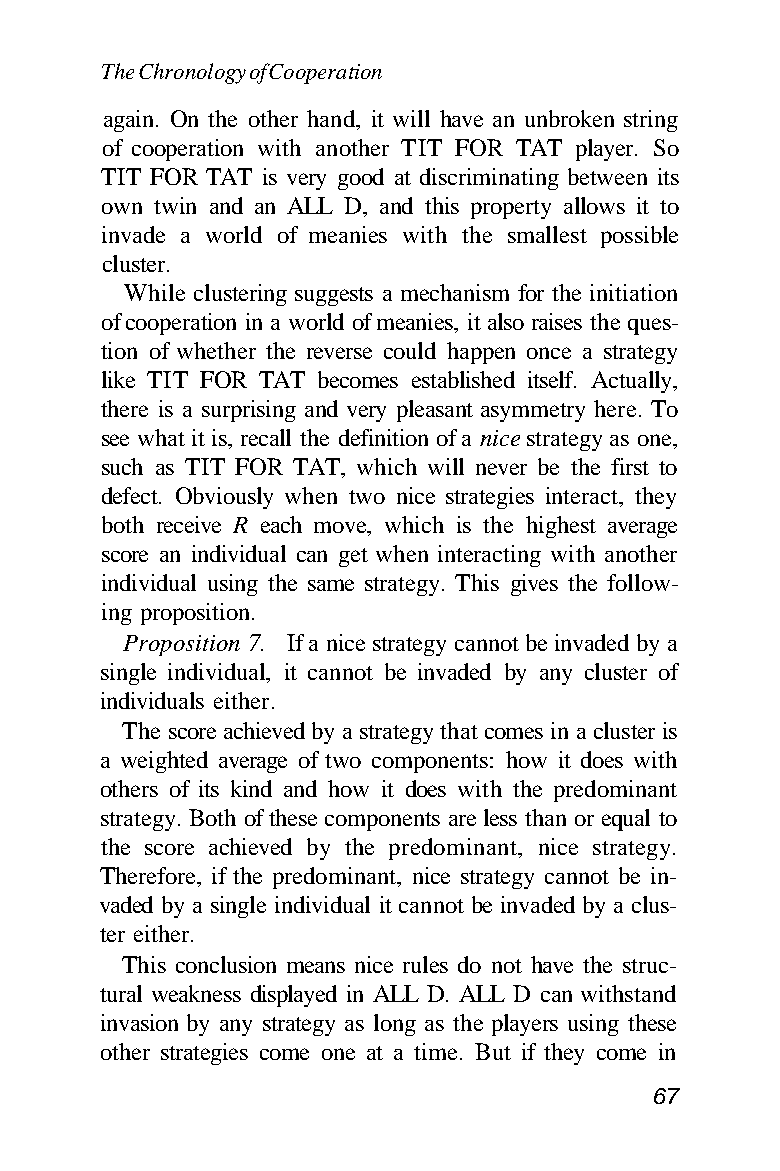
The Chronology of Cooperation
 again. On the other hand, it will have an unbroken string
 of cooperation with another TIT FOR TAT player. So
 TIT FOR TAT is very good at discriminating between its
 own twin and an ALL D, and this property allows it to
 invade a world of meanies with the smallest possible
 cluster.
 While clustering suggests a mechanism for the initiation
 of cooperation in a world of meanies, it also raises the ques-
 tion of whether the reverse could happen once a strategy
 like TIT FOR TAT becomes established itself. Actually,
 there is a surprising and very pleasant asymmetry here. To
 see what it is, recall the definition of a nice strategy as one,
 such as TIT FOR TAT, which will never be the first to
 defect. Obviously when two nice strategies interact, they
 both receive R each move, which is the highest average
 score an individual can get when interacting with another
 individual using the same strategy. This gives the follow-
 ing proposition.
 Proposition 7. If a nice strategy cannot be invaded by a
 single individual, it cannot be invaded by any cluster of
 individuals either.
 The score achieved by a strategy that comes in a cluster is
 a weighted average of two components: how it does with
 others of its kind and how it does with the predominant
 strategy. Both of these components are less than or equal to
 the score achieved by the predominant, nice strategy.
 Therefore, if the predominant, nice strategy cannot be in-
 vaded by a single individual it cannot be invaded by a clus-
 ter either.
 This conclusion means nice rules do not have the struc-
 tural weakness displayed in ALL D. ALL D can withstand
 invasion by any strategy as long as the players using these
 other strategies come one at a time. But if they come in
 67